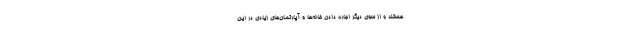
هستند و از سوی دیگر اجاره دادن خانه‌ها و آپارتمان‌های زیادی در این